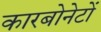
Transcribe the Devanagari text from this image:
कारबोनेटों